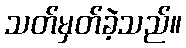
သတ်မှတ်ခဲ့သည်။